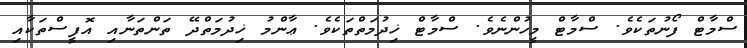
ސްމާޓް ފޯނުތަކެވެ. ސްމާޓް މީހުންނެވެ. ސްމާޓް ޚިދުމަތްތަކެވެ. ޢާންމު ޚިދުމަތްދޭ ތަންތަނާއި އޮފީސްތަކާއި